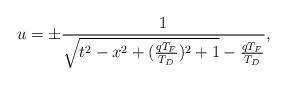
LaTeX: \begin{align*}u = \pm \frac{1}{\sqrt{t^2 - x^2 + (\frac{qT_F}{T_D})^2 + 1} - \frac{qT_F}{T_D}},\end{align*}